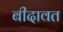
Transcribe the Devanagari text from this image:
बीदावत